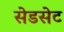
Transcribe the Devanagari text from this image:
सेडसेट